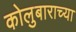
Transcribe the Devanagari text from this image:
कोलुबाराच्या